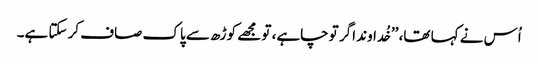
اُس نے کہا تھا، ’’خُداوند اگر تو چاہے، تو مجھے کوڑھ سے پاک صاف کر سکتا ہے۔